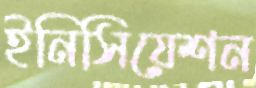
ইনিসিয়েশন